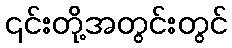
၎င်းတို့အတွင်းတွင်